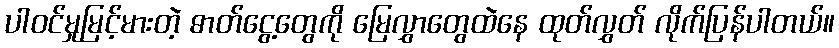
ပါဝင်မှုမြင့်မားတဲ့ ဓာတ်ငွေ့တွေကို မြေလွှာတွေထဲနေ ထုတ်လွှတ် လိုက်ပြန်ပါတယ်။